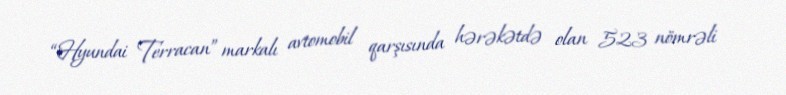
“Hyundai Terracan” markalı avtomobil qarşısında hərəkətdə olan 523 nömrəli